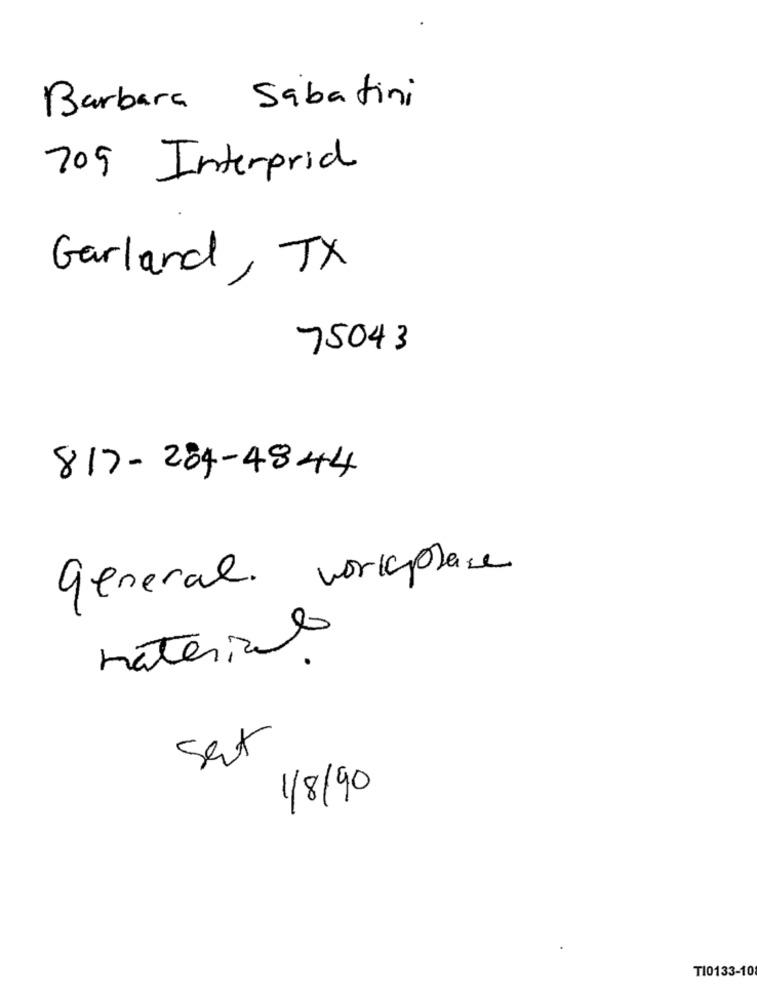
Barbara Sabatini
709 Interprid
Garland, TX
75043
817-284-4844
general. workplace
material
Set
1/8/90
T10133-10